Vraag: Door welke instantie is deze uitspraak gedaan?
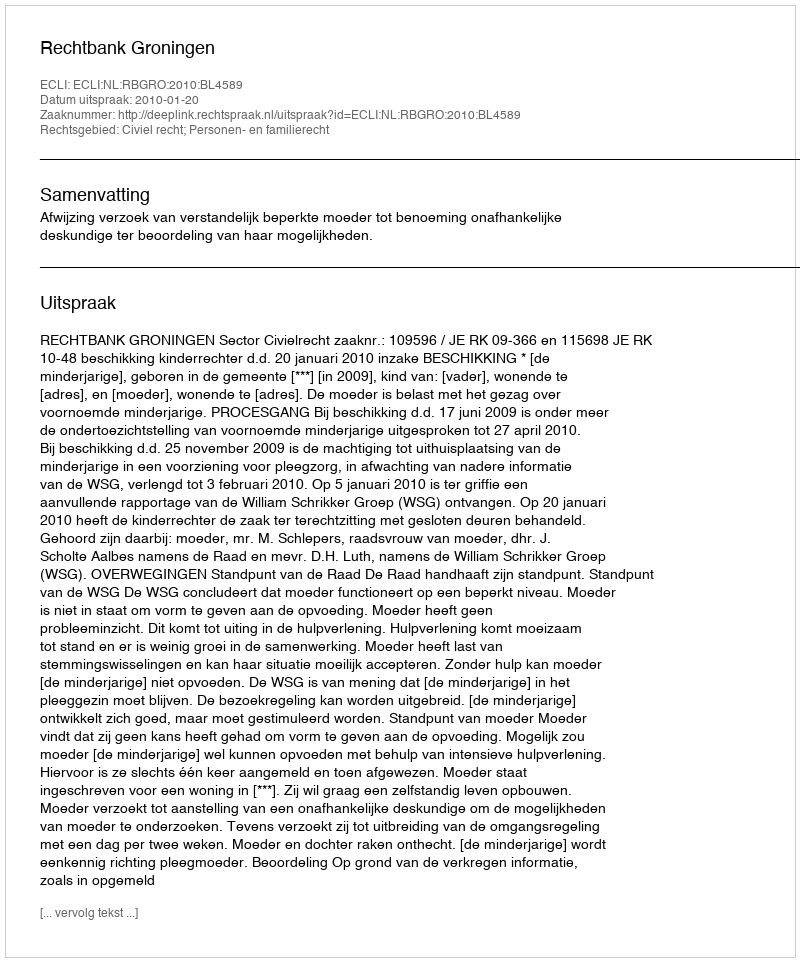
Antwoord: Rechtbank Groningen